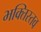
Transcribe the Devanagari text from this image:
भक्तिस्तव